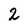
Character: 2